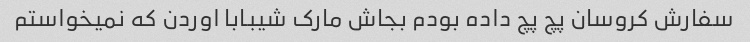
سفارش کروسان پچ پچ داده بودم بجاش مارک شیبابا اوردن که نمیخواستم